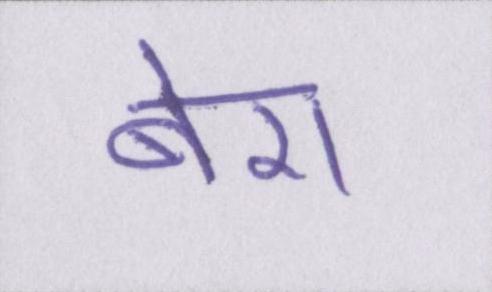
बेरा